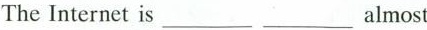
The Internet is___ ___ almost